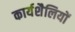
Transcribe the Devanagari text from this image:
कार्यशैलियों